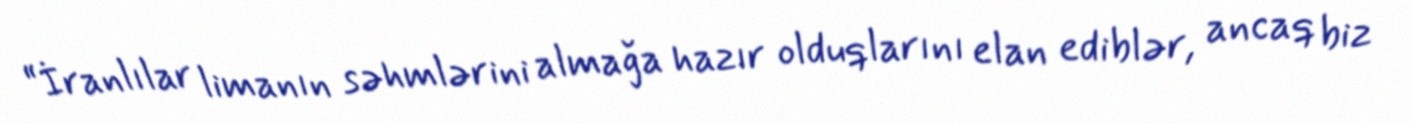
“İranlılar limanın səhmlərini almağa hazır olduqlarını elan ediblər, ancaq biz